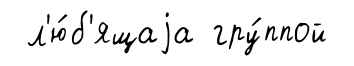
л'ю́б'ящаjа гру́ппой